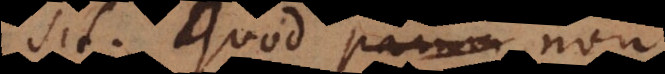
sit. Quod parum non